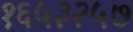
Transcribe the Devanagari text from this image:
१६५३२५७